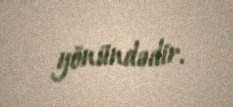
yönündədir.